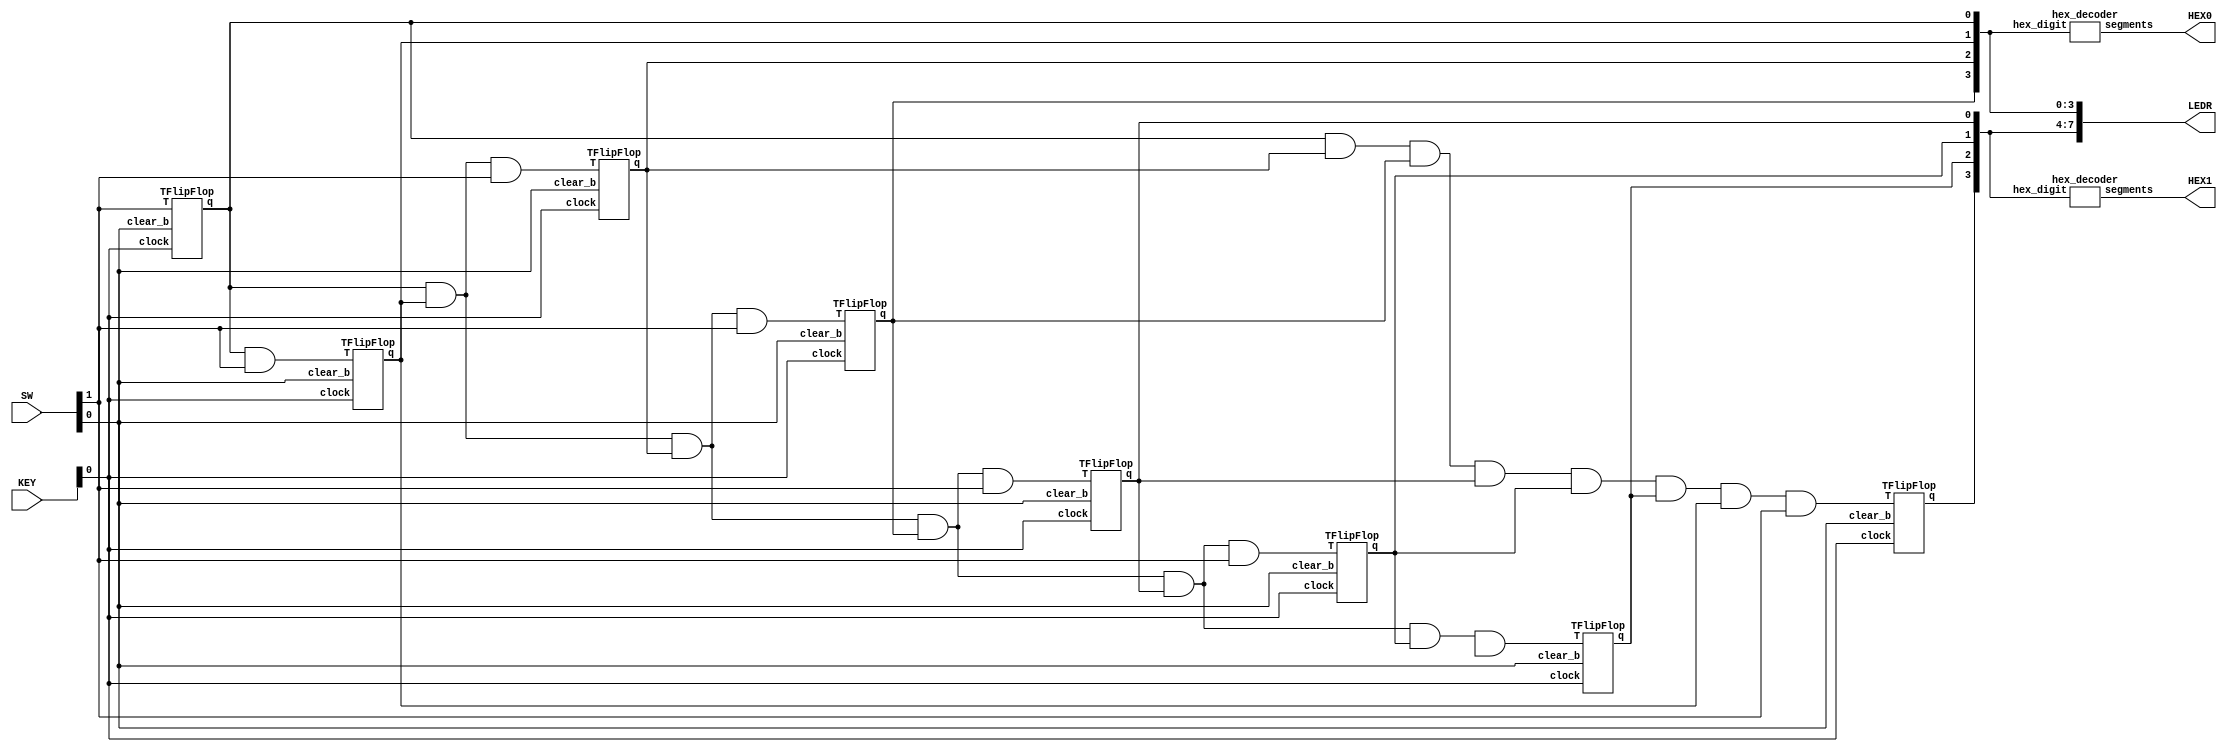
module Part1 (SW, LEDR, HEX0, HEX1, KEY);
    input [9:0] SW;
	 output [7:0] LEDR;
	 output [6:0] HEX0;
	 output [6:0] HEX1;
	 input [2:0] KEY;
	 
	 // SW 1 enable
	 // SW 0 clear b
	 // KEY 0 as clock
	 //wire w0, w1, w2, w3, w4, w5, w6, w7;
	 wire [7:0] w;
	
	 TFlipFlop f0(
	     .T(SW[1]),
		  .clock(KEY[0]),
		  .clear_b(SW[0]),
		  .q(w[0])
	 );
	 
	 TFlipFlop f1(
	     .T(w[0] & SW[1]),
		  .clock(KEY[0]),
		  .clear_b(SW[0]),
		  .q(w[1])
	 );
	 
	 TFlipFlop f2(
	     .T(w[0] & w[1] & SW[1]),
		  .clock(KEY[0]),
		  .clear_b(SW[0]),
		  .q(w[2])
	 );
	 
	 TFlipFlop f3(
        .T(w[0] & w[1] & w[2] & SW[1]),
		  .clock(KEY[0]),
		  .clear_b(SW[0]),
		  .q(w[3])
	 );
	 
	 TFlipFlop f4(
	     .T(w[0] & w[1] & w[2] & w[3] & SW[1]),
		  .clock(KEY[0]),
		  .clear_b(SW[0]),
		  .q(w[4])
	 );
	 
	 TFlipFlop f5(
	     .T(w[0] & w[1] & w[2] & w[3] & w[4] & SW[1]),
		  .clock(KEY[0]),
		  .clear_b(SW[0]),
		  .q(w[5])
	 );
	 
	 TFlipFlop f6(
	     .T(w[0] & w[1] & w[2] & w[3] & w[4] & w[5] & SW1),
		  .clock(KEY[0]),
		  .clear_b(SW[0]),
		  .q(w[6])
	 );
	 
	 TFlipFlop f7(
	     .T(w[0] & w[2] & w[3] & w[4] & w[5] & w[6] & w[1] & SW[1]),
		  .clock(KEY[0]),
		  .clear_b(SW[0]),
		  .q(w[7])
	 );
	 
	 assign LEDR[7:0] = w[7:0];

	 
	 hex_decoder d1(.hex_digit(w[3:0]), .segments(HEX0));
	 hex_decoder d2(.hex_digit(w[7:4]), .segments(HEX1));
	 
	 
endmodule

module TFlipFlop (T, clock, clear_b, q);
    input T, clock, clear_b; // clear_b does not have not, just doing it using neg edge
	 output reg q;
	 	 
	 always @(posedge clock, negedge clear_b)
	     begin
		      if (~clear_b)
				    q <= 1'b0;
				else
				    q <= T ^ q;
		  end
		  
endmodule

module hex_decoder(hex_digit, segments);
    input [3:0] hex_digit;
    output reg [6:0] segments;

    always @(*)
        case (hex_digit)
            4'h0: segments = 7'b100_0000;
            4'h1: segments = 7'b111_1001;
            4'h2: segments = 7'b010_0100;
            4'h3: segments = 7'b011_0000;
            4'h4: segments = 7'b001_1001;
            4'h5: segments = 7'b001_0010;
            4'h6: segments = 7'b000_0010;
            4'h7: segments = 7'b111_1000;
            4'h8: segments = 7'b000_0000;
            4'h9: segments = 7'b001_1000;
            4'hA: segments = 7'b000_1000;
            4'hB: segments = 7'b000_0011;
            4'hC: segments = 7'b100_0110;
            4'hD: segments = 7'b010_0001;
            4'hE: segments = 7'b000_0110;
            4'hF: segments = 7'b000_1110;   
            default: segments = 7'h7f;
        endcase
endmodule